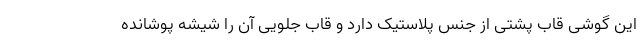
این گوشی قاب پشتی از جنس پلاستیک دارد و قاب جلویی آن را شیشه پوشانده